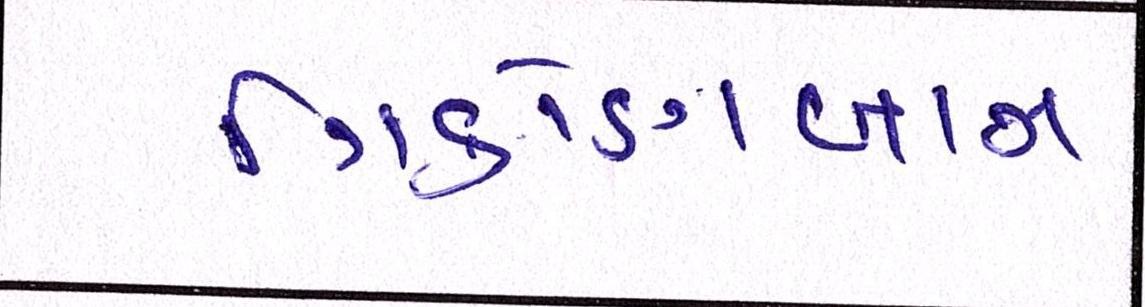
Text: ત્રિકોણબાગ